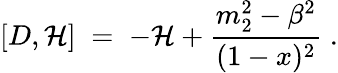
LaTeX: [D,{\cal H}]\; =\; -{\cal H}+\frac{m_{2}^{2}-\beta^{2}}{(1-x)^{2}}\; .